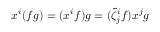
x ^ { i } ( f g ) = ( x ^ { i } f ) g = ( \tilde { \zeta } _ { j } ^ { i } f ) x ^ { j } g